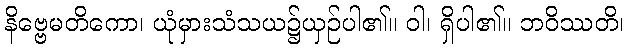
နိဗ္ဗေမတိကော၊ ယုံမှားသံသယ၌ယှဉ်ပါ၏။ ဝါ၊ ရှိပါ၏။ ဘဝိဿတိ၊